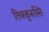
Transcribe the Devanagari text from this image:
तिक्कुरूस्सि